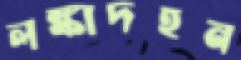
লঙ্কাদহন